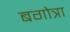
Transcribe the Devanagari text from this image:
बगोत्रा